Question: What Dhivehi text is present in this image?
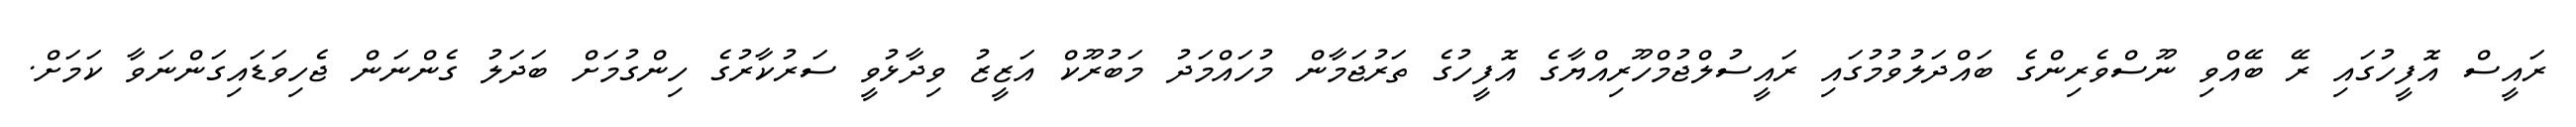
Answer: ރައީސް އޮފީހުގައި ރޭ ބޭއްވި ނޫސްވެރިންގެ ބައްދަލުވުމުގައި ރައީސުލްޖުމްހޫރިއްޔާގެ އޮފީހުގެ ތަރުޖަމާން މުހައްމަދު މަބުރޫކް އަޒީޒު ވިދާޅުވީ ސަރުކާރުގެ ހިންގުމަށް ބަދަލު ގެންނަން ޖެހިވަޑައިގަންނަވާ ކަމަށް.